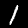
Digit: 1